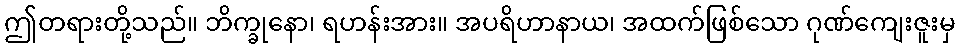
ဤတရားတို့သည်။ ဘိက္ခုနော၊ ရဟန်းအား။ အပရိဟာနာယ၊ အထက်ဖြစ်သော ဂုဏ်ကျေးဇူးမှ